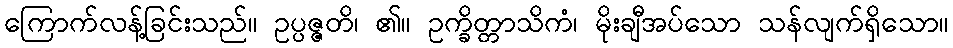
ကြောက်လန့်ခြင်းသည်။ ဥပ္ပဇ္ဇတိ၊ ၏။ ဥက္ခိတ္တာသိကံ၊ မိုးချီအပ်သော သန်လျက်ရှိသော။